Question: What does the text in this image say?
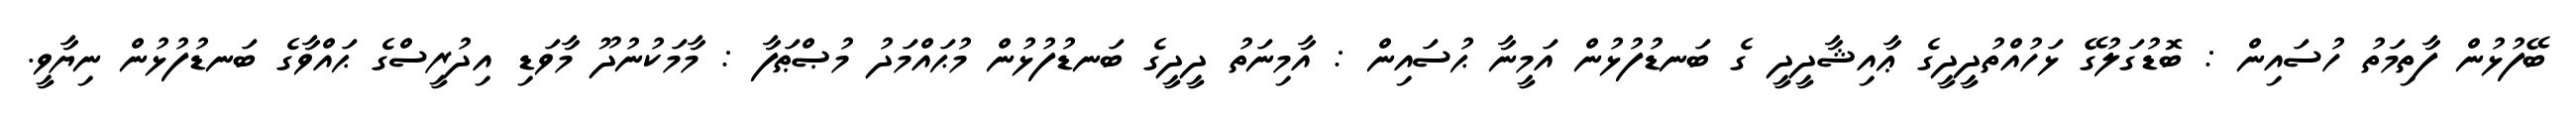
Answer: ބޭފުޅުން ފާތިމަތު ހުސައިން : ބޮޑުގަލުގޭ ޅަހުއްތުދީދީގެ ޢާއިޝާދީދީ ގެ ބަނޑުފުޅުން އަމީނާ ޙުސައިން : އާމިނަތު ދީދީގެ ބަނޑުފުޅުން މުޙައްމަދު މުޞްޠަފާ : މާމަކުނުދޫ މާވަޑި އިދުރީސްގެ ޙައްވާގެ ބަނޑުފުޅުން ނިޔާވީ.